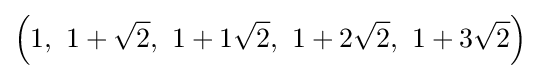
\left(1,\ 1+{\sqrt {2}},\ 1+1{\sqrt {2}},\ 1+2{\sqrt {2}},\ 1+3{\sqrt {2}}\right)